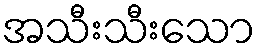
အသီးသီးသော